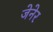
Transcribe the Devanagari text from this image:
जेनेर